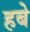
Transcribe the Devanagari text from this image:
हबे